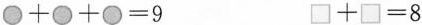
$$\bigcirc+\bigcirc+\bigcirc=9 \square+\square=8$$